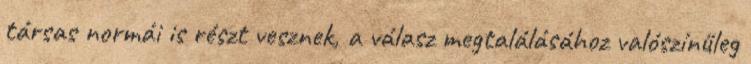
társas normái is részt vesznek, a válasz megtalálásához valószínűleg